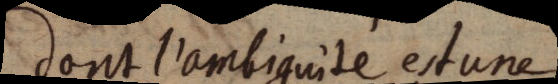
dont l’ambiguité est une